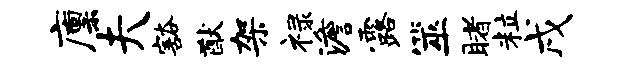
廪夫豁猷架禄澹露筮睹粒戌